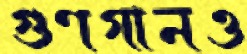
গুণগানও